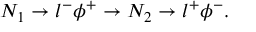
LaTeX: N _ { 1 } \to l ^ { - } \phi ^ { + } \to N _ { 2 } \to l ^ { + } \phi ^ { - } .